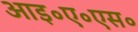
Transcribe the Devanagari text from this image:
आइ॰ए॰एस॰